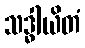
သဒ္ဓါယိတံ